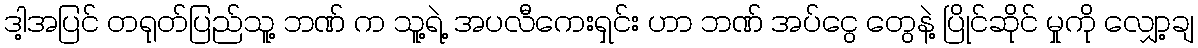
ဒါ့အပြင် တရုတ်ပြည်သူ့ ဘဏ် က သူ့ရဲ့ အပလီကေးရှင်း ဟာ ဘဏ် အပ်ငွေ တွေနဲ့ ပြိုင်ဆိုင် မှုကို လျှော့ချ